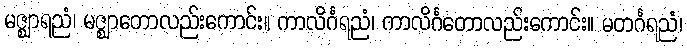
မဇ္ဈာရညံ၊ မဇ္ဈာတောလည်းကောင်း။ ကာလိင်္ဂရညံ၊ ကာလိင်္ဂတောလည်းကောင်း။ မတင်္ဂရညံ၊